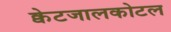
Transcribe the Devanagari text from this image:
क्वेटजालकोटल